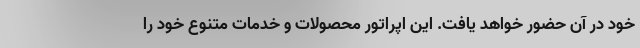
خود در آن حضور خواهد یافت. این اپراتور محصولات و خدمات متنوع خود را